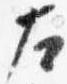
左